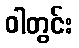
ဝါတွင်း